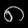
Digit: ၈